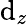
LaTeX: \mathrm{d}_{z}